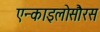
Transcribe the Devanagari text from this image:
एन्काइलोसौरस